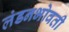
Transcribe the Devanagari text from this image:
लंडनभोवती